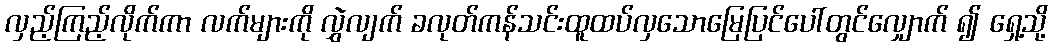
လှည့်ကြည့်လိုက်ကာ လက်များကို လွှဲလျက် ခလုတ်ကန်သင်းထူထပ်လှသောမြေပြင်ပေါ်တွင်လျှောက် ၍ ရှေ့သို့